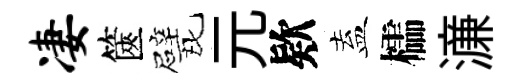
凄篋戏元欵盍櫺濓